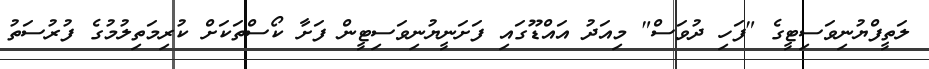
ލަތީފްޔުނިވަސިޓީގެ "ފަހި ދުވަސް" މިއަދު އައްޑޫގައި ފަށަނީޔުނިވަސިޓީން ފަށާ ކޯސްތަކަށް ކުރިމަތިލުމުގެ ފުރުސަތު